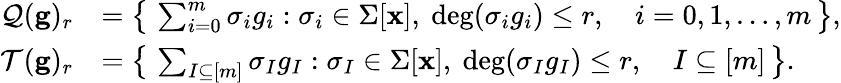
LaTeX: \begin{array}{rl}{\mathcal{Q}(\mathbf{g})_{r}}&{=\big\{ \, \sum_{i=0}^{m}\sigma_{i}g_{i}:\sigma_{i}\in\Sigma[\mathbf{x}],~\mathrm{deg}(\sigma_{i}g_{i})\leq r,\quad i=0,1,\dots,m\, \big\} ,}\\ {\mathcal{T}(\mathbf{g})_{r}}&{=\big\{ \, \sum_{I\subseteq[m]}\sigma_{I}g_{I}:\sigma_{I}\in\Sigma[\mathbf{x}],~\mathrm{deg}(\sigma_{I}g_{I})\leq r,\quad I\subseteq[m]\, \big\} .}\end{array}